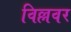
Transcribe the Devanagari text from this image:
विल्लवर